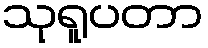
သုရူပတာ